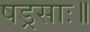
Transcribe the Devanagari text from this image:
षड्रसाः॥